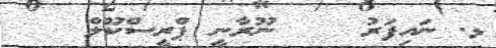
ޅ. ނައިފަރު    ނޫރާނީ ޕްރީސްކޫލް